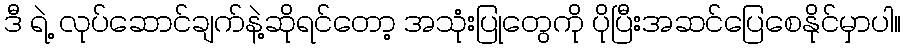
ဒီ ရဲ့ လုပ်ဆောင်ချက်နဲ့ဆိုရင်တော့ အသုံးပြုတွေကို ပိုပြီးအဆင်ပြေစေနိုင်မှာပါ။